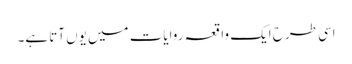
اسی طرح ایک واقعہ روایات میں یوں آتا ہے۔